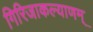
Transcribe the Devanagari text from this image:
गिरिजाकल्याणम्